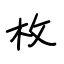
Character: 枚